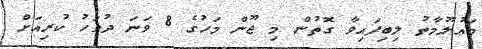
މަޢުލޫމާތު ލިބިފައިވާ ގޮތުން މި ޖޫން މަހުގެ 8 ވަނަ ދުވަހު ކުރިއަށް